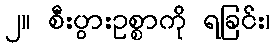
၂။ စီးပွားဥစ္စာကို ရခြင်း၊